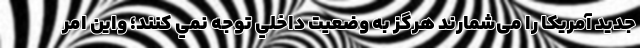
جدید آمریکا را می‌شمارند هرگز به وضعيت داخلي توجه نمي كنند؛ واين امر